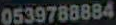
0539788884